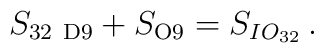
S_{\rm 32\ D9} + S_{\rm O9} = S_{IO_{32}}\, .